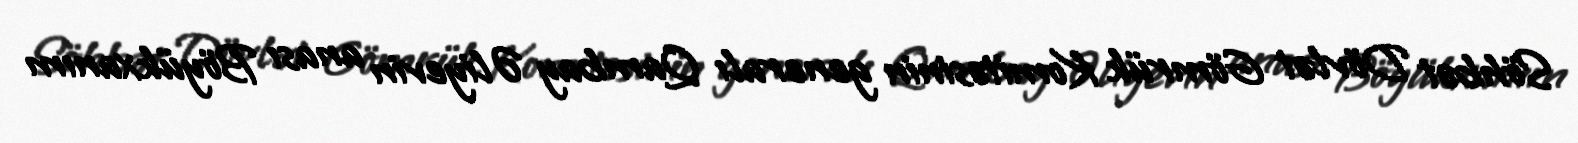
Söhbət Dövlət Gömrük Komitəsinin generalı Qambay Əliyevin anası Böyükxanım